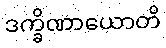
ဒက္ခိဏာယောတိ